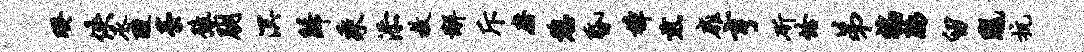
暌佚丞酸藁豫朋溟归乘添教懈斥磨憩昏樟煎扉亨斫恰弟褊脉留陇抗